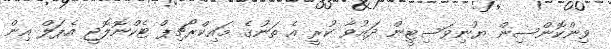
ވިންކޮންސިން ޔުނިވަސިޓީން ދައުވާ ކުރީ އެ ތަނުގެ މައިކްރޯޗިޕް ޓެކްނޮލޮޖީ އެޕަލް އިން